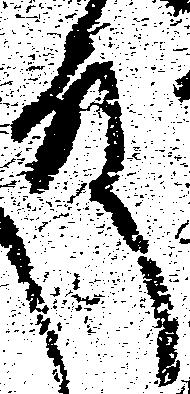
殿